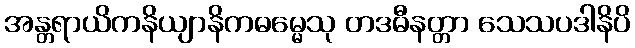
အန္တရာယိကနိယျာနိကဓမ္မေသု တဒဓီနတ္တာ သေသပဒါနိပိ